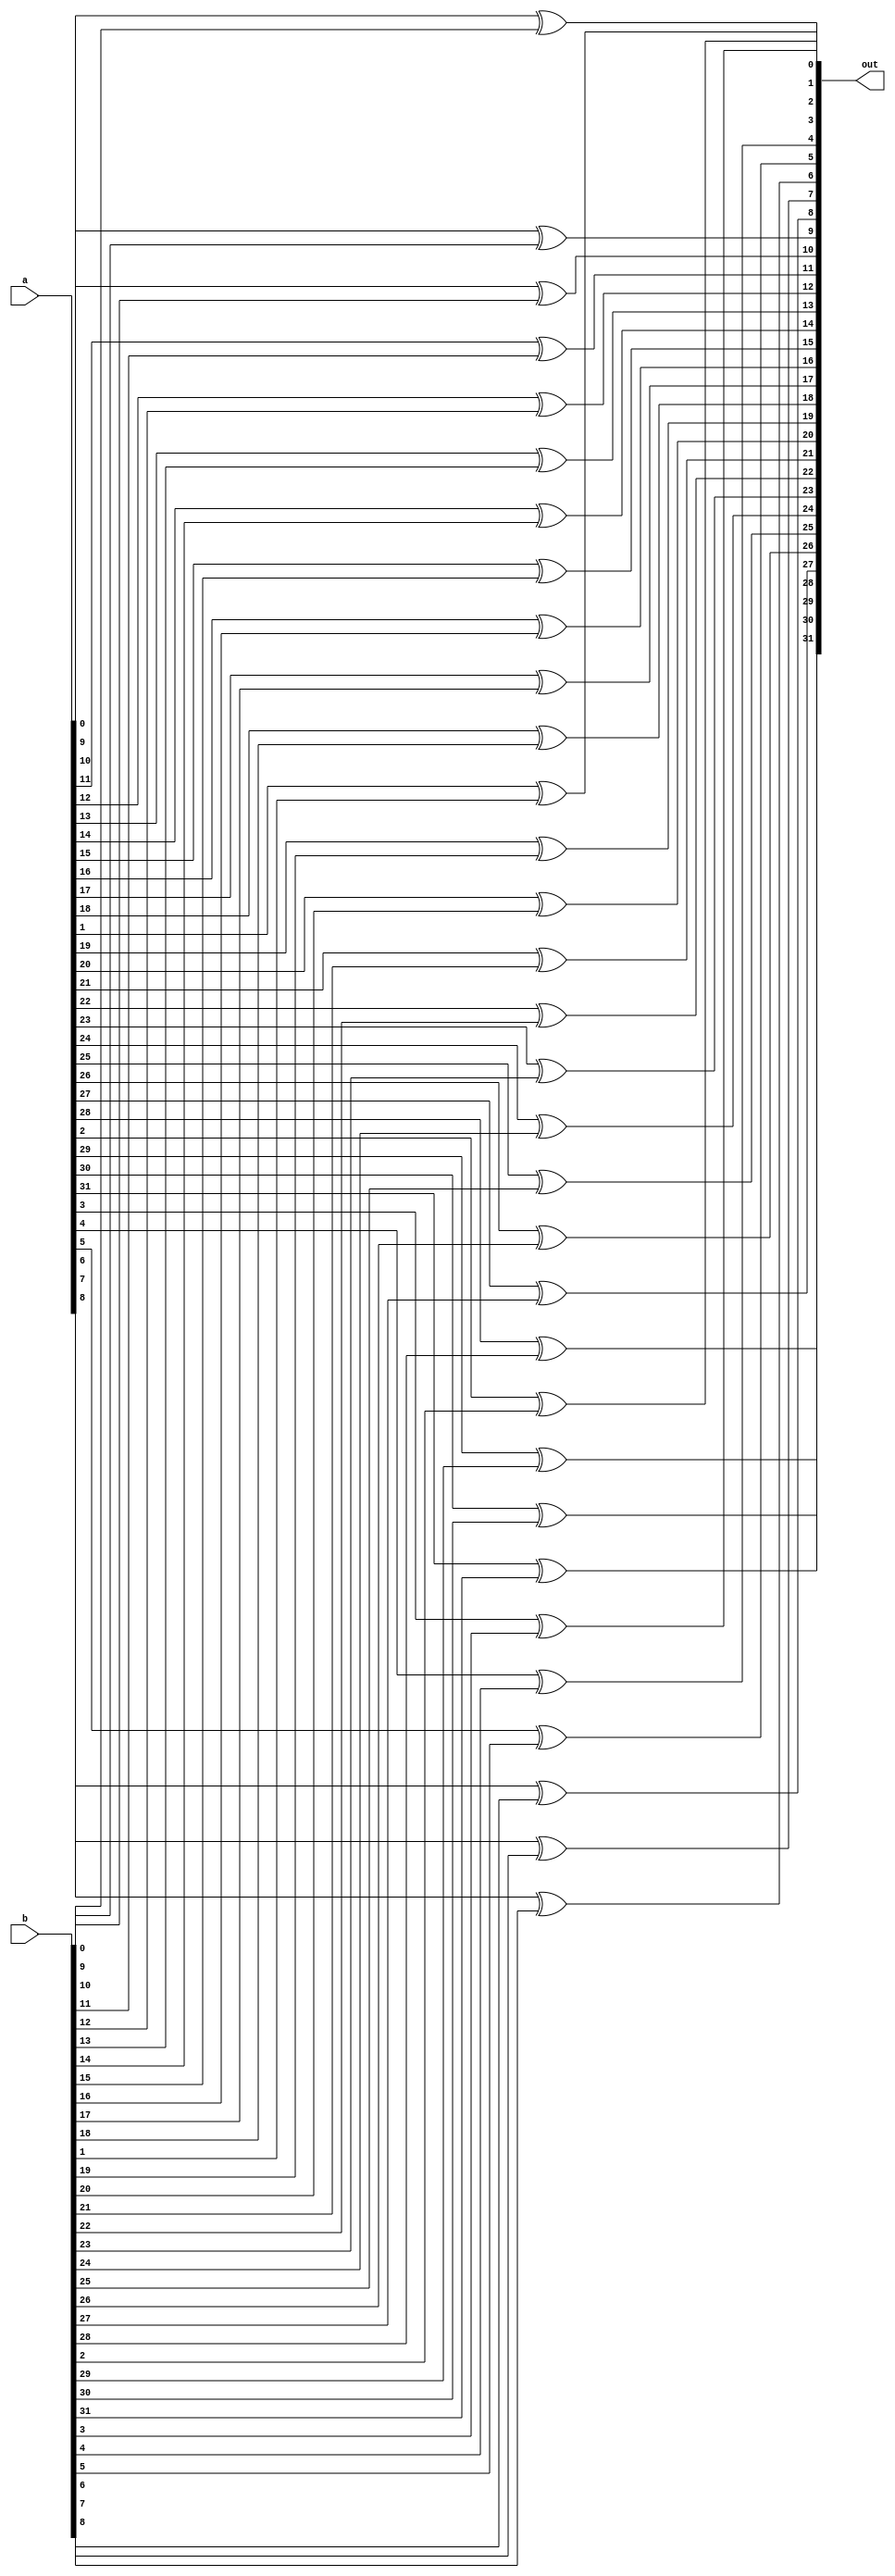
module _32bit_xor(out,a,b);
input [31:0] a,b;
output [31:0] out;
genvar i;



	generate
	
		for (i = 0; i < 32; i = i + 1) begin:myFor
			xor andGate (out[i],a[i],b[i]);
		end
	endgenerate
	
endmodule